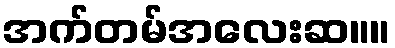
အက်တမ်အလေးဆ။။